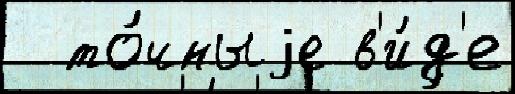
  то́чныjе в'и́д'е